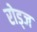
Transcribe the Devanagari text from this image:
रोड्ज